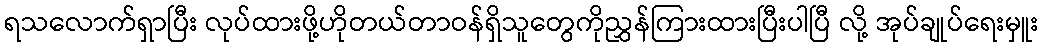
ရသလောက်ရှာပြီး လုပ်ထားဖို့ဟိုတယ်တာဝန်ရှိသူတွေကိုညွှန်ကြားထားပြီးပါပြီ လို့ အုပ်ချုပ်ရေးမှူး